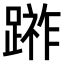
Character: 𨃼